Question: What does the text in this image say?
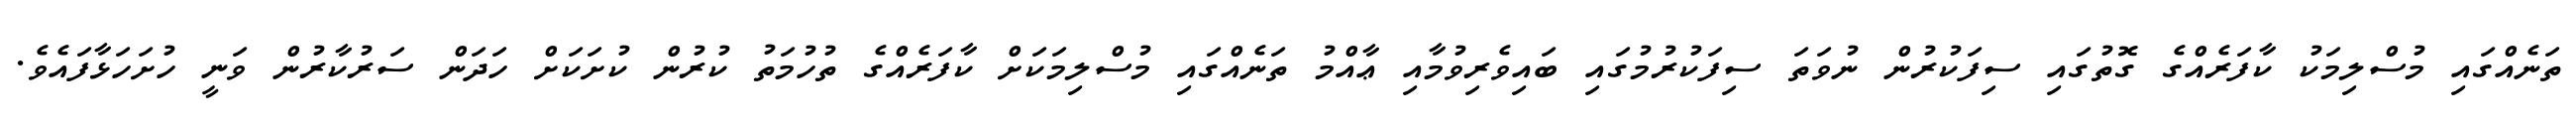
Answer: ތަނެއްގައި މުސްލިމަކު ކާފަރެއްގެ ގޮތުގައި ސިފަކުރުން ނުވަތަ ސިފަކުރުމުގައި ބައިވެރިވުމާއި ޢާއްމު ތަނެއްގައި މުސްލިމަކަށް ކާފަރެއްގެ ތުހުމަތު ކުރުން ކުށަކަށް ހަދަން ސަރުކާރުން ވަނީ ހުށަހަޅާފައެވެ.